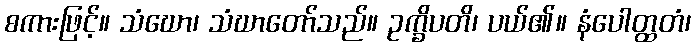
စကားဖြင့်။ သံဃော၊ သံဃာတော်သည်။ ဥက္ခိပတိ၊ ပယ်၏။ နံပေါတ္ထတံ၊